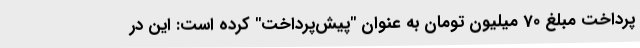
پرداخت مبلغ 70 میلیون تومان به عنوان "پیش‌پرداخت" کرده است: این در